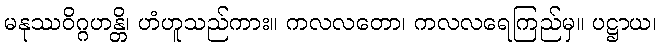
မနုဿဝိဂ္ဂဟန္တိ၊ ဟံဟူသည်ကား။ ကလလတော၊ ကလလရေကြည်မှ။ ပဋ္ဌာယ၊